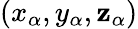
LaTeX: (x_{\alpha},y_{\alpha},\mathbf{z}_{\alpha})